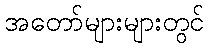
အတော်များများတွင်